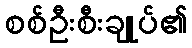
စစ်ဦးစီးချုပ်၏